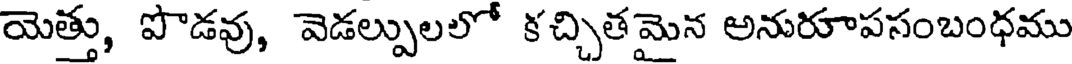
యెత్తు, పొడవు, వెడల్పులలో కచ్చితమైన అనురూపసంబంధము